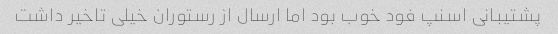
پشتیبانی اسنپ فود خوب بود اما ارسال از رستوران خیلی تاخیر داشت